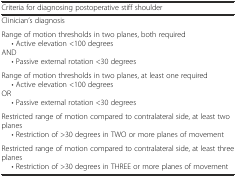
| Criteria for diagnosing postoperative stiff shoulder |
 | --- |
 | Clinician’s diagnosis |
 | Range of motion thresholds in two planes, both required• Active elevation <100 degreesAND• Passive external rotation <30 degrees |
 | Range of motion thresholds in two planes, at least one required• Active elevation <100 degreesOR• Passive external rotation <30 degrees |
 | Restricted range of motion compared to contralateral side, at least two planes• Restriction of >30 degrees in TWO or more planes of movement |
 | Restricted range of motion compared to contralateral side, at least three planes• Restriction of >30 degrees in THREE or more planes of movement |